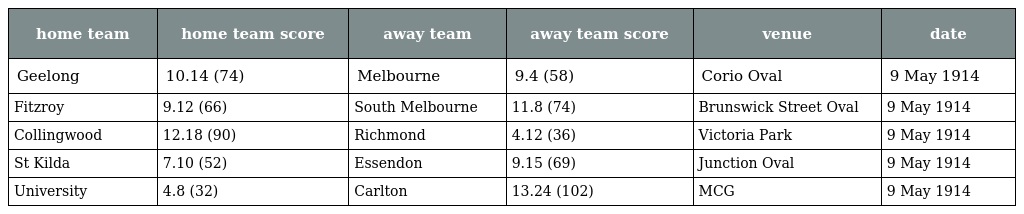
| home team | home team score | away team | away team score | venue | date |
 | --- | --- | --- | --- | --- | --- |
 | Geelong | 10.14 (74) | Melbourne | 9.4 (58) | Corio Oval | 9 May 1914 |
 | Fitzroy | 9.12 (66) | South Melbourne | 11.8 (74) | Brunswick Street Oval | 9 May 1914 |
 | Collingwood | 12.18 (90) | Richmond | 4.12 (36) | Victoria Park | 9 May 1914 |
 | St Kilda | 7.10 (52) | Essendon | 9.15 (69) | Junction Oval | 9 May 1914 |
 | University | 4.8 (32) | Carlton | 13.24 (102) | MCG | 9 May 1914 |